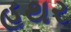
હથર